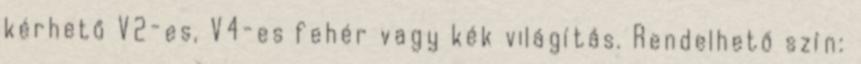
kérhető V2-es, V4-es fehér vagy kék világítás. Rendelhető szín: